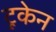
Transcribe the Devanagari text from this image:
टूकेन